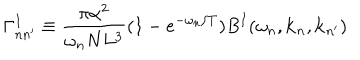
\Gamma _ { n n ^ { \prime } } ^ { I } \equiv \frac { \pi \alpha ^ { 2 } } { \omega _ { n } N L ^ { 3 } } ( 1 - e ^ { - \omega _ { n } / T } ) B ^ { I } ( \omega _ { n } , { \bf k } _ { n } , { \bf k } _ { n ^ { \prime } } )